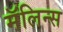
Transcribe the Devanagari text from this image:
मॅलिन्स